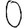
Digit: 0